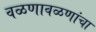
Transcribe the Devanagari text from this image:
वळणावळणांचा